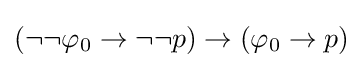
(\neg \neg \varphi _{0}\to \neg \neg p)\to (\varphi _{0}\to p)